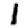
Digit: 1